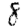
Digit: 8